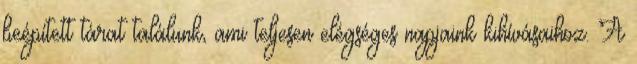
beépített tárat találunk, ami teljesen elégséges napjaink kihívásaihoz. A